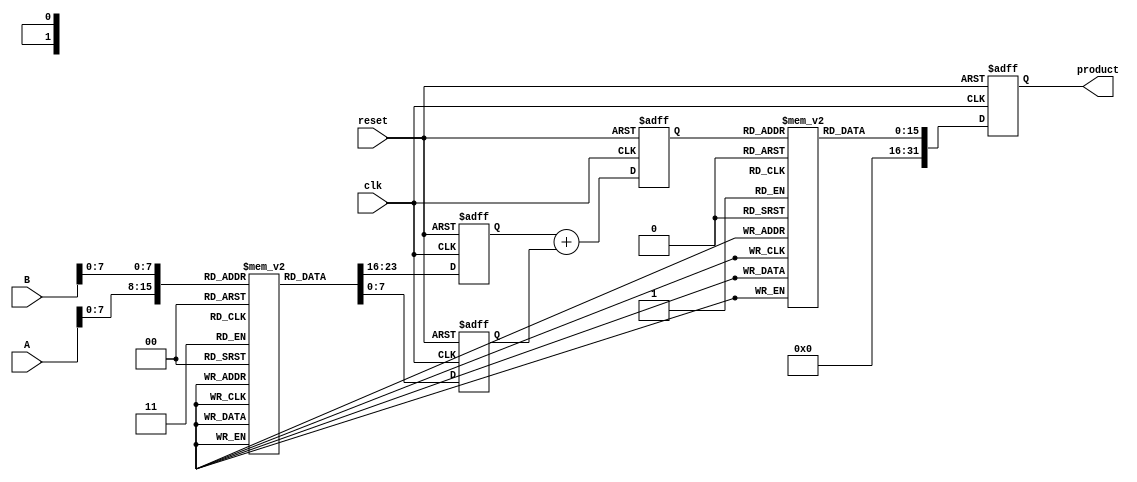
module LogarithmicMultiplier (
    input [15:0] A,  // Input operand A
    input [15:0] B,  // Input operand B
    output reg [31:0] product, // Output product
    input clk,       // Clock signal
    input reset      // Reset signal
);

    // Logarithm and Exponential LUTs (for demonstration purposes)
    reg [15:0] log_lut [0:255];  // Logarithm LUT
    reg [15:0] exp_lut [0:255];   // Exponential LUT

    // Initialize LUTs (this should be done in a separate initialization block)
    initial begin
        // Populate log_lut and exp_lut with appropriate values
        // Example values for log2 and exp2 (scaled for fixed-point)
        // log_lut[i] = round(255 * log2(i / 255.0)); // for i = 1 to 255
        // exp_lut[i] = round(255 * exp2(i / 255.0)); // for i = 0 to 255
    end

    reg [15:0] logA, logB; // Logarithmic values
    reg [15:0] sum;        // Sum of logarithmic values

    // Logarithm Calculation
    always @(posedge clk or posedge reset) begin
        if (reset) begin
            logA <= 16'b0;
            logB <= 16'b0;
            sum <= 16'b0;
            product <= 32'b0;
        end else begin
            // Assuming A and B are in the range [1, 256]
            logA <= log_lut[A[7:0]]; // Use lower 8 bits for LUT index
            logB <= log_lut[B[7:0]]; // Use lower 8 bits for LUT index
            sum <= logA + logB;      // Add logarithmic values
            product <= exp_lut[sum[7:0]]; // Get product from exponential LUT
        end
    end

endmodule